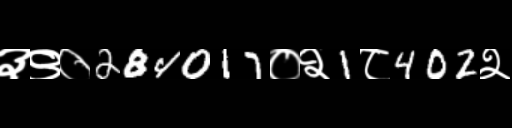
Text: ३९०284017०२1८402२